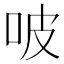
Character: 𠱀